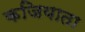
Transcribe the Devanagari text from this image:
कजियाता